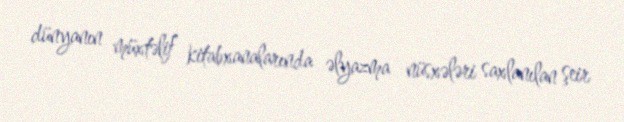
dünyanın müxtəlif kitabxanalarında əlyazma nüsxələri saxlanılan şeir